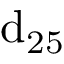
\mathrm { d _ { 2 5 } }